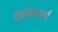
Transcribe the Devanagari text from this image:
मिलिगार्थ